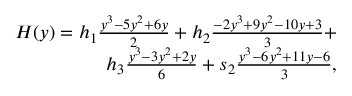
\begin{array} { r } { H ( y ) = h _ { 1 } \frac { y ^ { 3 } - 5 y ^ { 2 } + 6 y } { 2 } + h _ { 2 } \frac { - 2 y ^ { 3 } + 9 y ^ { 2 } - 1 0 y + 3 } { 3 } + } \\ { h _ { 3 } \frac { y ^ { 3 } - 3 y ^ { 2 } + 2 y } { 6 } + s _ { 2 } \frac { y ^ { 3 } - 6 y ^ { 2 } + 1 1 y - 6 } { 3 } , } \end{array}